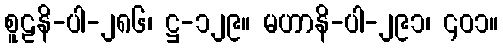
စူဠနိ-ပါ-၂၈၆၊ ဋ္ဌ-၁၂၉။ မဟာနိ-ပါ-၂၉၁၊ ၄၀၁။